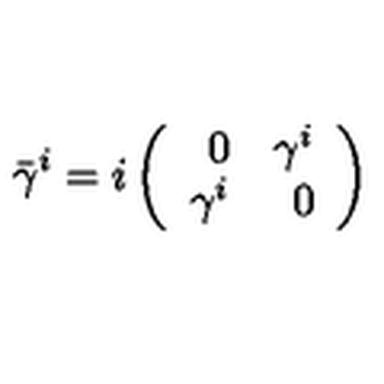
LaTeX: \bar { \gamma } ^ { i } = i \left( \begin{array} { r r } { 0 } & { \gamma ^ { i } } \\ { \gamma ^ { i } } & { 0 } \\ \end{array} \right)